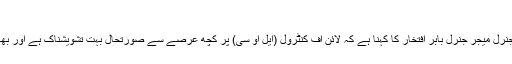
فائل فوٹو
اسلام آباد: پاک فوج کے شعبہ تعلقات عامہ (آئی ایس پی آر) کے ڈائریکٹر جنرل میجر جنرل بابر افتخار کا کہنا ہے کہ لائن آف کنٹرول (ایل او سی) پر کچھ عرصے سے صورتحال بہت تشویشناک ہے اور بھارت آگ سے نہ کھیلے، فوجی مہم جوئی کے نتائج ناقابل کنٹرول ہوں گے۔